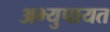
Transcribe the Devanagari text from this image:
अभ्युपायत